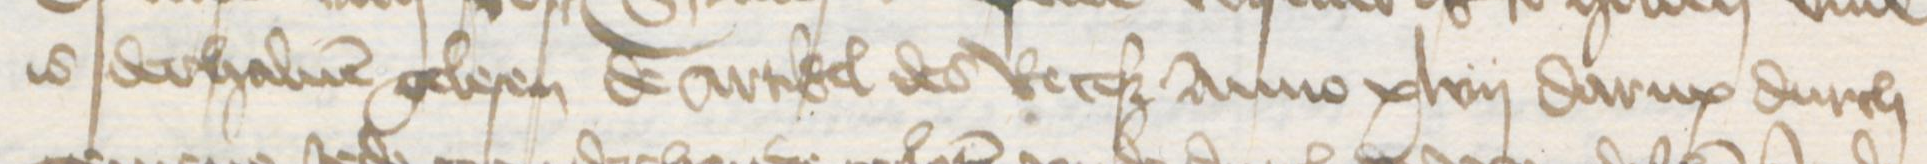
is derhaluen gelesen de artikel des Receß Anno xlvij darup durch